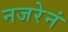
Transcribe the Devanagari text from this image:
नजरेनं